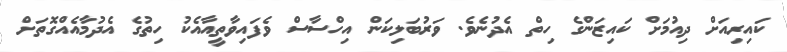
ކައިރިއަށް ދިއުމަށް ކައިޒަންގެ ހިތް އެދުނެވެ. ވަރުބަލިކަން އިހްސާސް ވެފައިވާތީއާއެކު ހިތުގެ އެދުމާއެއްގޮތަށް